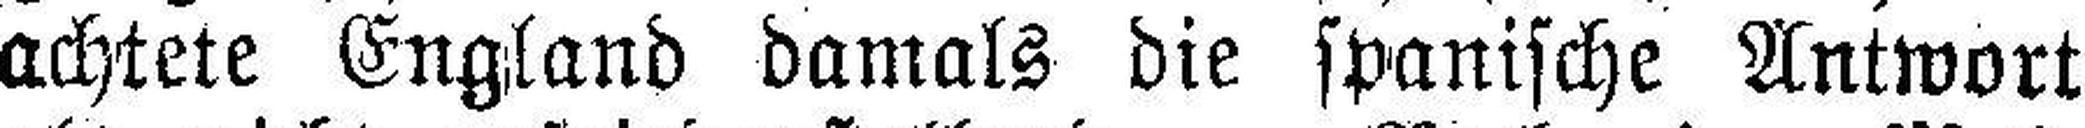
achtete England damals die spanische Antwort